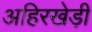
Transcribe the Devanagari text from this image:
अहिरखेड़ी